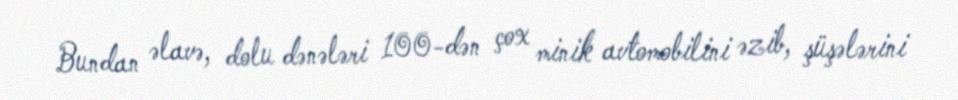
Bundan əlavə, dolu dənələri 100-dən çox minik avtomobilini əzib, şüşələrini